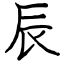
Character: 辰